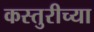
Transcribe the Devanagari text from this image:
कस्तुरीच्या